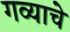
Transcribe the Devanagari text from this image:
गव्याचे